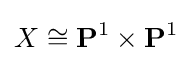
X\cong \mathbf {P} ^{1}\times \mathbf {P} ^{1}